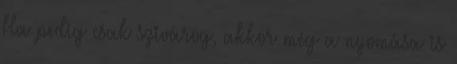
Ha pedig csak szivárog, akkor még a nyomása is